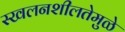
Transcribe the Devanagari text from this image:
स्खलनशीलतेमुळे